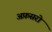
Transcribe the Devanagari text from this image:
अफ़सरो